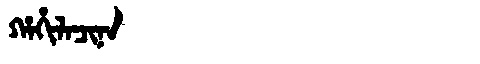
Manchu: ᡥᠠᡥᡳᠯᠠᠴᡳᠨᠠ
Romanization: HAHILACINA